Leaving Certificate Examination, 1924
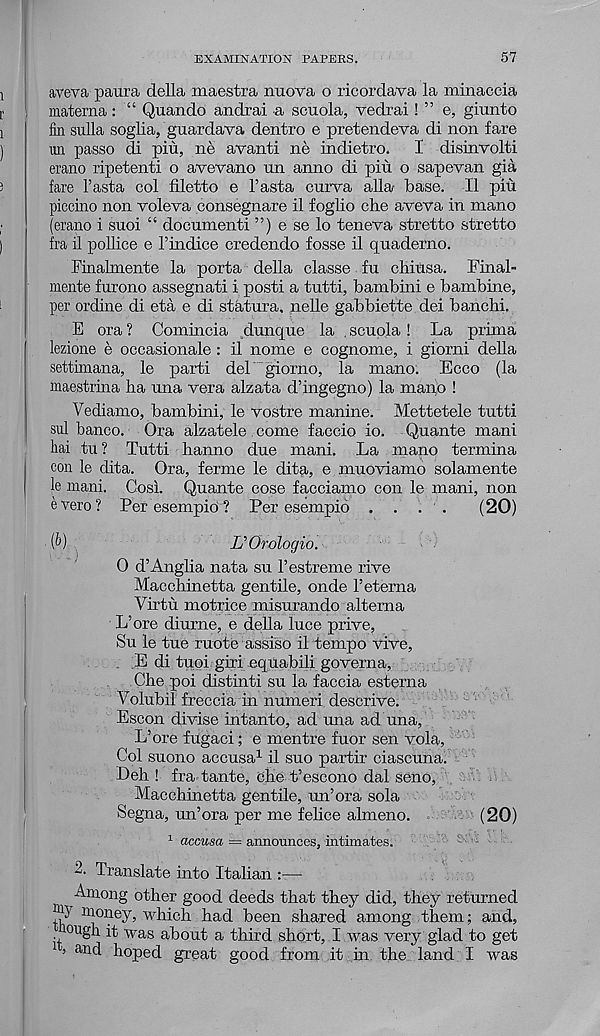
EXAMINATION PAPERS.
57
aveva paura della maestra nuova o ricordava la minaccia
materna : “ Quando andrai a scuoia, vedrai! ” e, giunto
fin sulla soglia, guardava dentro e pretendeva di non fare
mi passo di pin, ne avanti ne indietro.
I disinvolti
erano ripetenti o avevano un anno di pin o sapevan gia
fare 1’asta col filetto e I’asta curva alia base. II pin
piccino non voleva consegnare il foglio che aveva in mano
(erano i suoi “ docnmenti ”) e se lo teneva stretto stretto
fra il pollice e I’indice credendo fosse il quaderno.
Finalmente la porta della classe fu chinsa. Final-
mente furono assegnati i posti a tutti, bambini e bambine,
per ordine di eta e di statura, nelle gabbiette dei banchi.
E ora ? Comincia dunque la scuoia ! La prima
lezione e occasionale : il nome e cognome, i giorni della
settimana, le parti del giorno, la mano. Ecco (la
maestrina ha una vera alzata d’ingegno) la mano !
Vediamo, bambini, le vostre manine. Mettetele tutti
sul banco. Ora alzatele come faccio io. Quante mani
fiai tu? Tutti hanno due mani. La mano termina
con le dita. Ora, ferme le dita, e muoviamo solamente
le mani. Cosi. Quante cose facciamo con le mani, non
evero? Per esempio ? Per esempib . . . .
(20)
(Q
L’Orologio.
0 d’Anglia nata su 1’estreme rive
Macchinetta gentile, onde I’eterna
Virtu motrice misurando altema
L’ore diurne, e della luce prive,
Su le tue ruote assiso il tempo vive,
E di tuoi giri equabili governa,
Che poi distinti su la faccia esterna
Volubil freccia in numeri descrive.
Escon divise intanto, ad ima ad una,
L’ore fugaci; e mentre fuor sen vola,
Col suono accusa 1 il suo partir ciascuna.
Leh ! fra tante, che t’escono dal seno,
Macchinetta gentile, mi’ora sola
Segna, un’ora per me felice almeno.
(20)
1 accusa = announces, intimates.
2. Translate into Italian :—
Among other good deeds that they did, they returned
money, which had been shared among them; and,
lough it was about a third short, I was very glad to get
’ an d hoped great good from it in the land I was